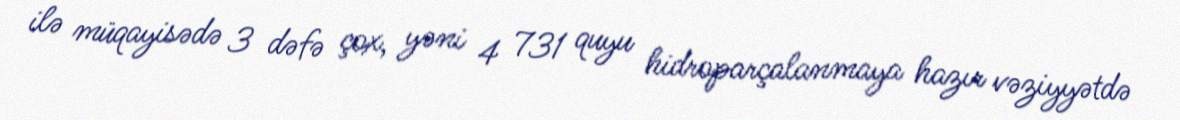
ilə müqayisədə 3 dəfə çox, yəni 4 731 quyu hidroparçalanmaya hazır vəziyyətdə